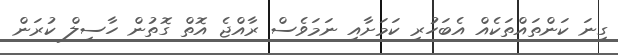
ގިނަ ކަންތައްތަކެއް އެބަހުރި ކަމަށާއި ނަމަވެސް ރާއްޖެ އޮތް ގޮތުން ހާސިލް ކުރަން